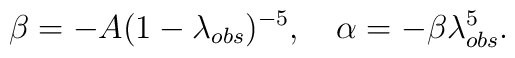
\beta = - A (1-\lambda_{obs})^{-5},\quad \alpha= -\beta \lambda_{obs}^5.